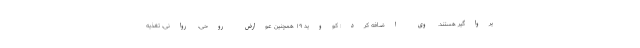
یرواگیر هستند. وی اضافه کرد: کووید ۱۹ همچنین عوارض روحی، روانی، تغذیه